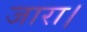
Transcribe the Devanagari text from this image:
जारा।